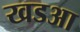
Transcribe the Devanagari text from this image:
खडआ